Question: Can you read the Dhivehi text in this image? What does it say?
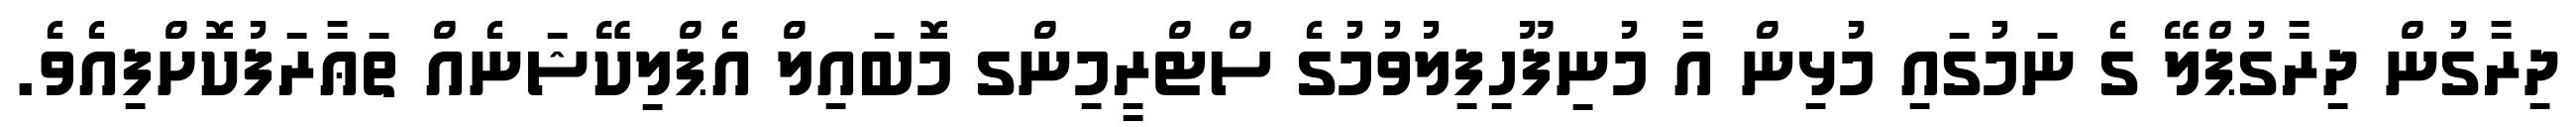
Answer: ދިރާގުން ދިރާގުޕްލޭ ގެ ނަމުގައި މުޅިން އާ މުނިފޫހިފިލުވުމުގެ ސްޓްރީމިންގ މޮބައިލް އެޕްލިކޭޝަނެއް ތަޢާރަފުކޮށްފިއެވެ.